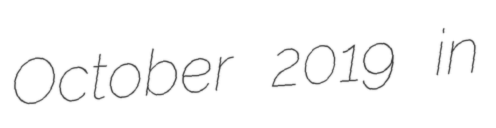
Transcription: October 2019 in